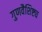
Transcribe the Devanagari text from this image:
गुणवैशिष्ट्य